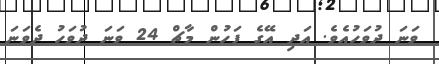
ވަނަ ދުވަހުއެވެ. އަދި އޭގެ ފަހުން މާޗް 24 ވަނަ ދުވަހު ދެވަނަ